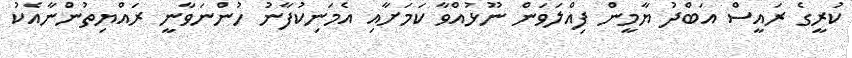
ކުރީގެ ރައީސް އަބްދު ޔާމީން ފިއްލަވަން ނޫޅުއްވާ ކަމަށާއި އެމަނިކުފާނު ހުންނަވާނީ ރައްޔިތުންނާއެކު